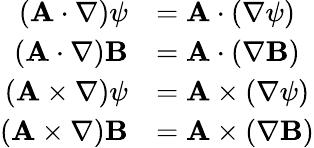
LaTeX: {\begin{array}{rl}{(\mathbf{A}\cdot\nabla)\psi}&{=\mathbf{A}\cdot(\nabla\psi)}\\ {(\mathbf{A}\cdot\nabla)\mathbf{B}}&{=\mathbf{A}\cdot(\nabla\mathbf{B})}\\ {(\mathbf{A}\times\nabla)\psi}&{=\mathbf{A}\times(\nabla\psi)}\\ {(\mathbf{A}\times\nabla)\mathbf{B}}&{=\mathbf{A}\times(\nabla\mathbf{B})}\end{array}}